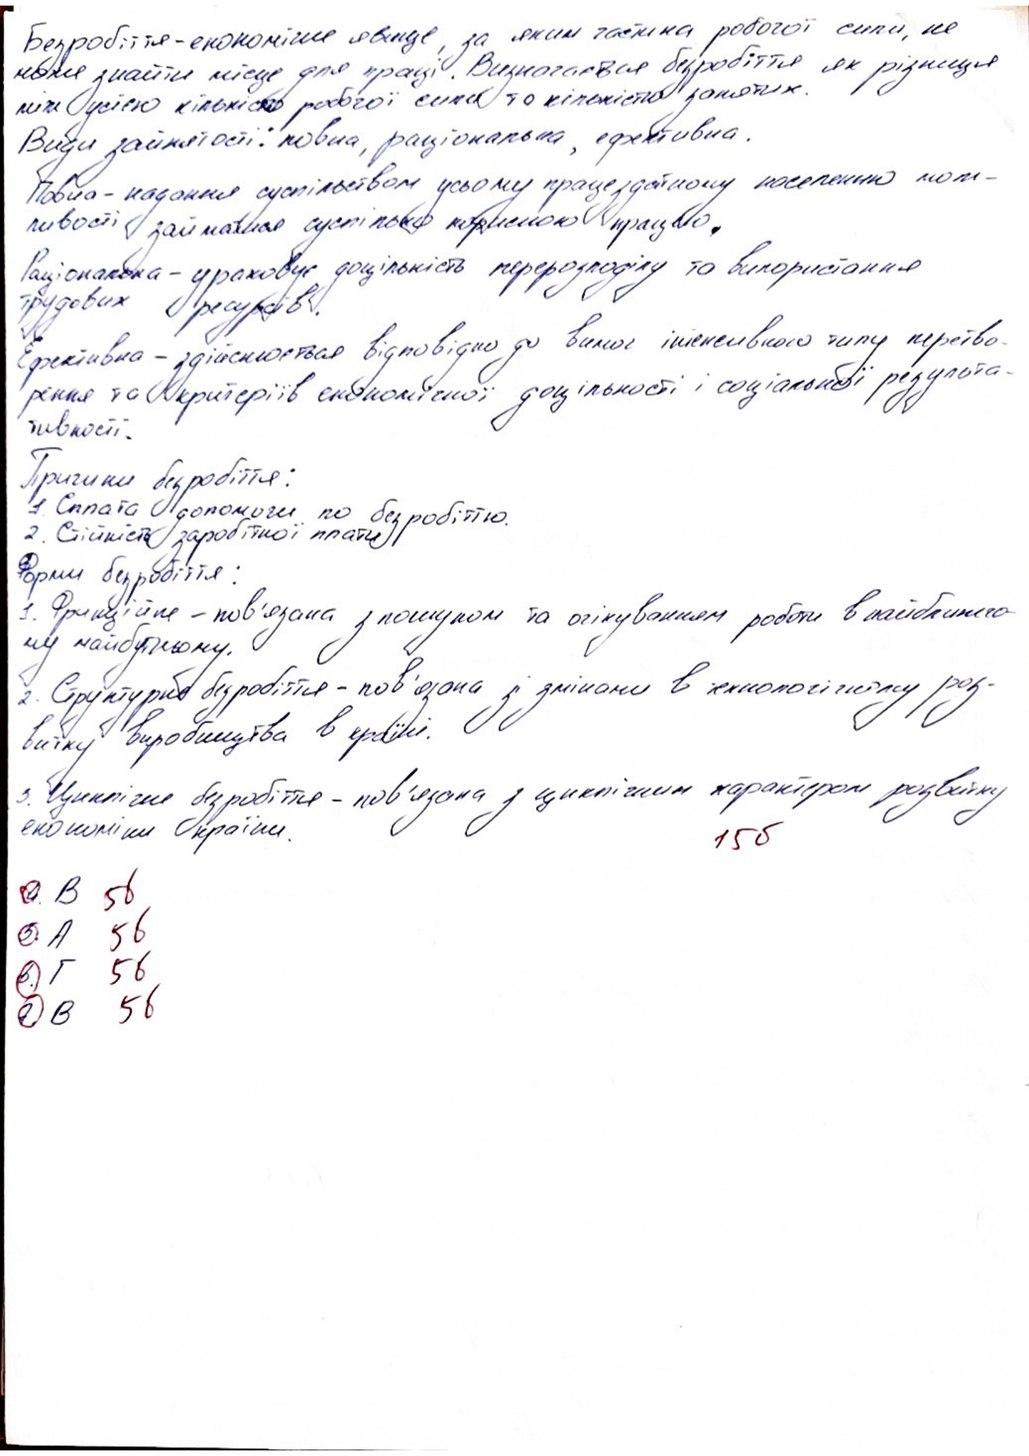
Безробіття - економічне явище, за яким частина робочої сили, не
може знайти місце для праці. Визначається безробіття як різниця
між усією кількістю робочої сили та кількістю зайнятих.
Види зайнятості: повна, раціональна, ефективна.
Повна - надання суспільством усьому працездатному населенню мож-
ливості займається суспільно корисною працею.
Раціональна - ураховує доцільність перерозподілу та використання
трудових ресурсів.
Ефективна - здійснюється відповідно до вимог інтенсивного типу перетво-
рення та критеріїв економічної доцільності і соціальної результа-
тивності.
Причини безробіття:
1. Сплата допомоги по безробіттю.
2. Стійкість заробітної плати
Форми безробіття:
1. Фрикційне - пов'язана з пошуком та очікуванням роботи в найближчо-
му майбутньому.
2. Структурне безробіття - пов'язана зі змінами в технологічному роз-
витку виробництва в країні.
3. Циклічне безробіття - пов'язана з циклічним характером розвитку
економіки країни.
15 б
5б
4. В
5б
5. А
5б
6. Г
5б
7. В